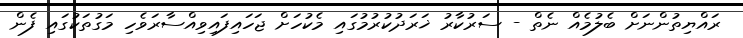
ރައްޔިތުންނަށް ބެލުމެއް ނެތް - ސަރުކާރު ޚަރަދުކުރުމުގައި މެކުހަށް ޖަހައިފައިވިއްސާރަވެހި މަގުތަކުގައި ފެން